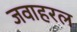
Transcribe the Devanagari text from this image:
जवाहरल